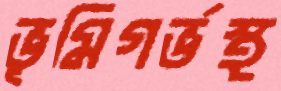
ভূমিগর্ভস্থ